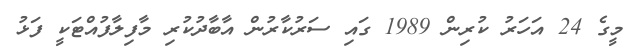
މީގެ 24 އަހަރު ކުރިން 1989 ގައި ސަރުކާރުން އާބާދުކުރި މާފިލާފުއްޓަކީ ފަޅު